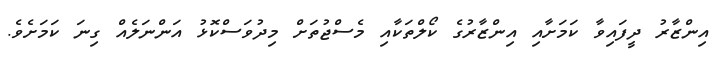
އިންޒާރު ދީފައިވާ ކަމަށާއި އިންޒާރުގެ ކޯލްތަކާއި މެސްޖުތަށް މިދުވަސްކޮޅު އަންނަލެއް ގިނަ ކަމަށެވެ.